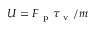
U = F _ { \mathrm { ~ p ~ } } \tau _ { \mathrm { ~ v ~ } } / m